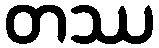
တဿ